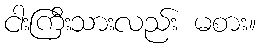
ငါးကြီးသားလည်း မစား။